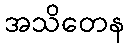
အသိတေန